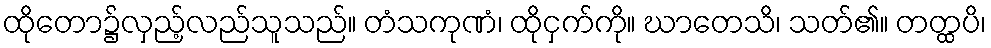
ထိုတော၌လှည့်လည်သူသည်။ တံသကုဏံ၊ ထိုငှက်ကို။ ဃာတေသိ၊ သတ်၏။ တတ္ထပိ၊